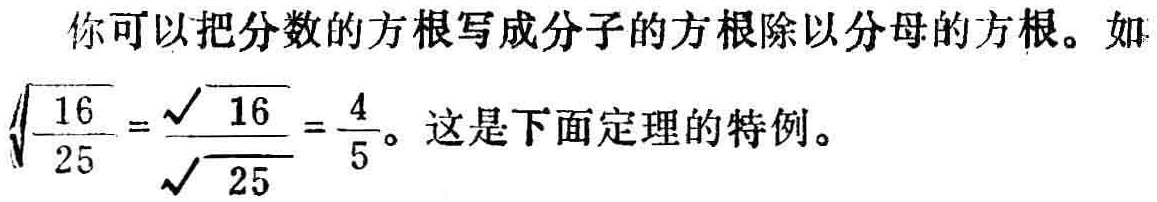
你可以把分数的方根写成分母的方根。如$\sqrt{\frac{16}{25}} = \frac{\sqrt{16}}{\sqrt{25}}=\frac{4}{5}$。这是下面定理的特例。